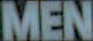
MEN